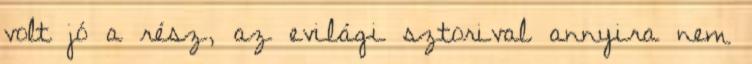
volt jó a rész, az evilági sztorival annyira nem